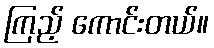
ကြည့် ကောင်းတယ်။